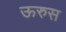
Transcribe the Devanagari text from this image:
ऊरुस